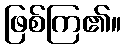
ဖြစ်ကြ၏။